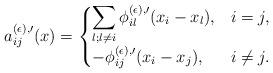
LaTeX: \begin{align*}a^{(\epsilon),\prime}_{ij}(x)=\begin{cases}\displaystyle{\sum_{l;l\neq i}\phi^{(\epsilon),\prime}_{il}(x_i-x_l)},&i=j,\\-\phi^{(\epsilon),\prime}_{ij}(x_i-x_j),&i\neq j.\end{cases}\end{align*}